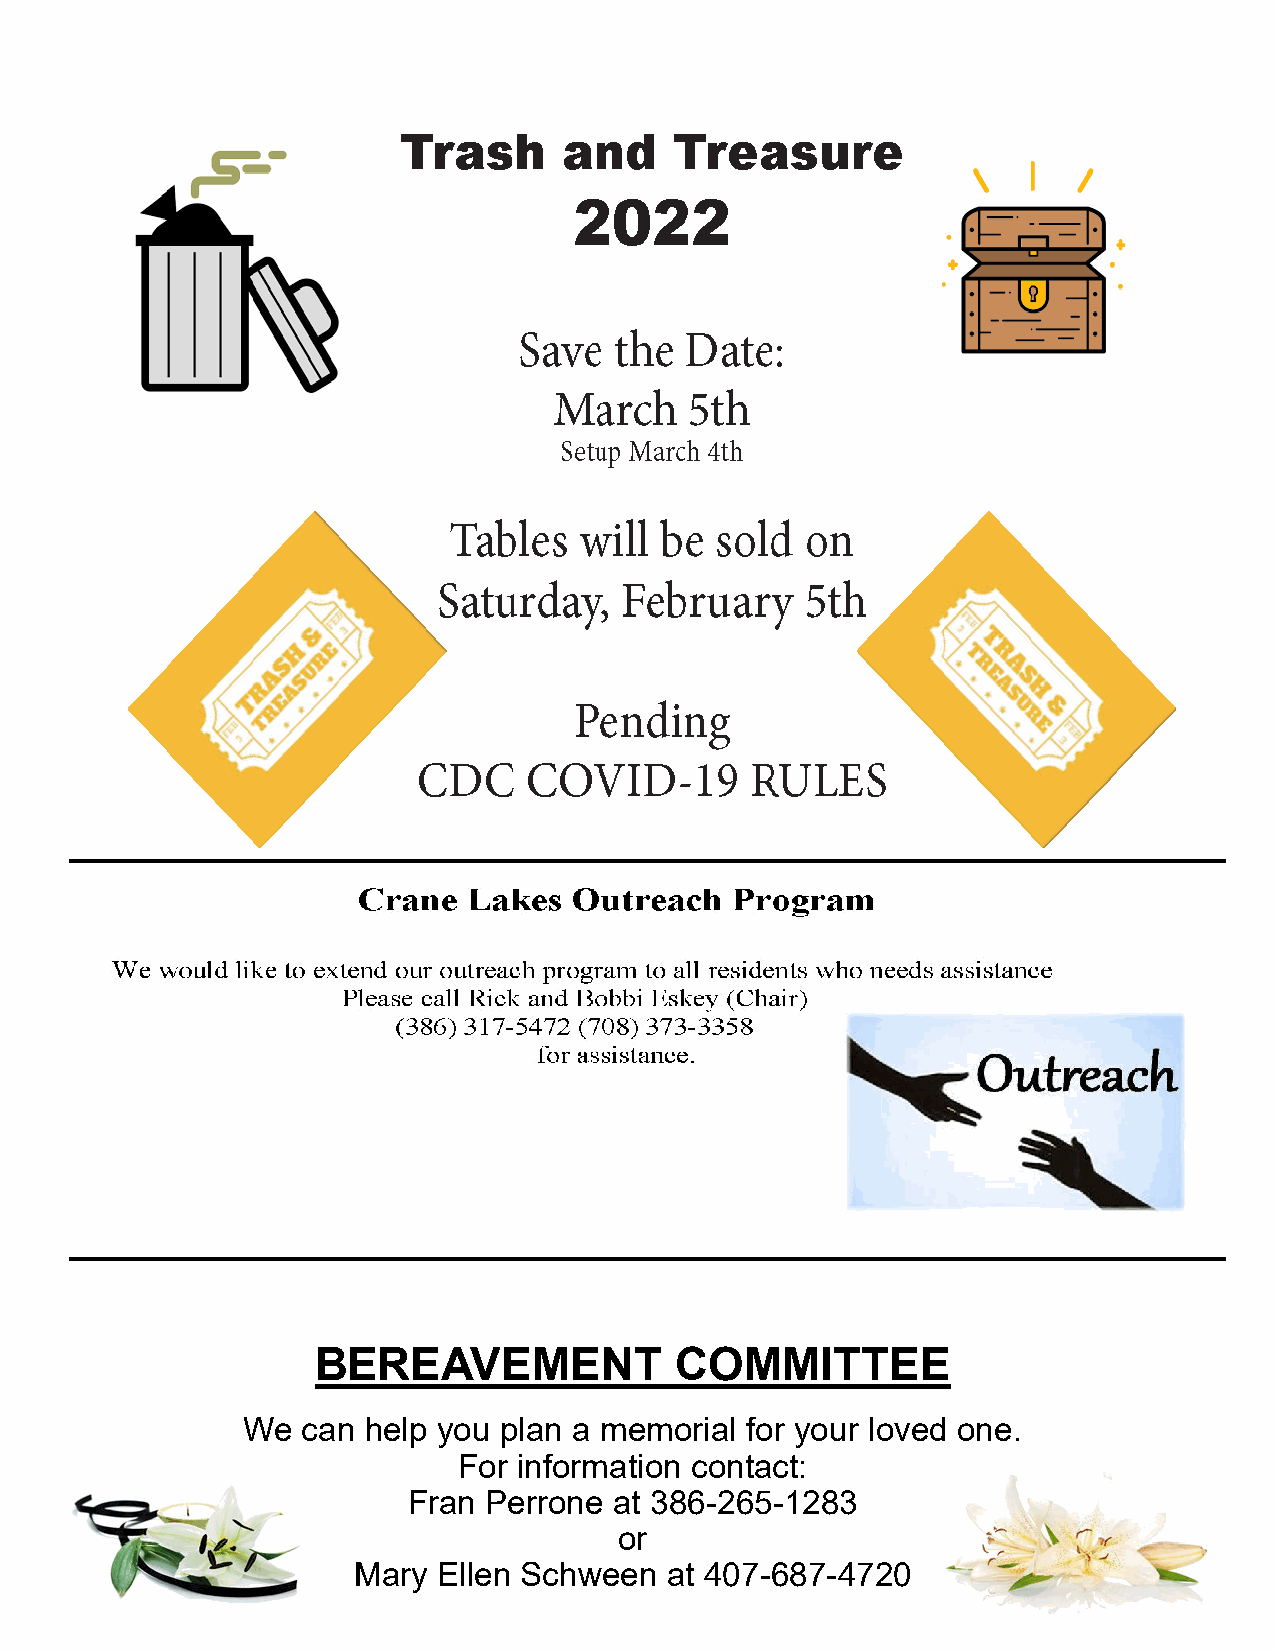
BEREAVEMENT             COMMITTEE
 We  can help you plan a memorial for your loved one.
 For information contact:
 Fran Perrone  at 386-265-1283
 or
 Mary  Ellen Schween  at 407-687-4720